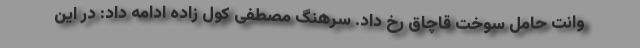
وانت حامل سوخت قاچاق رخ داد. سرهنگ مصطفی کول زاده ادامه داد: در این